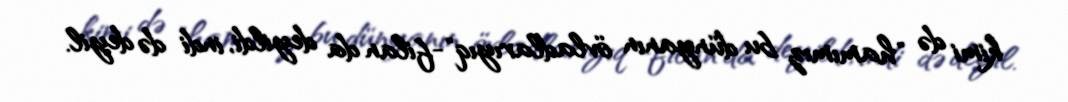
kimi də "hamımız bu dünyanın övladlarıyıq"-filan da deyildi, indi də deyil.